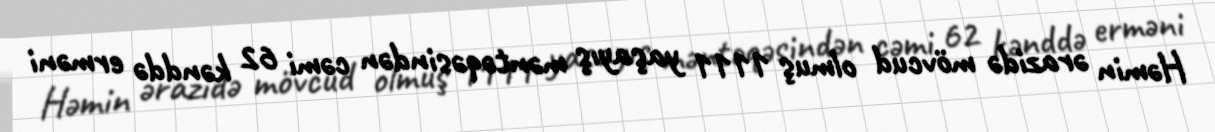
Həmin ərazidə mövcud olmuş 1111 yaşayış məntəqəsindən cəmi 62 kənddə erməni